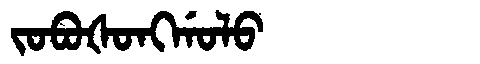
Manchu: ᠵᠣᠪᠣᡧᠣᠩᡤᠣᠯᠣ
Romanization: JOBOŠONGGOLO